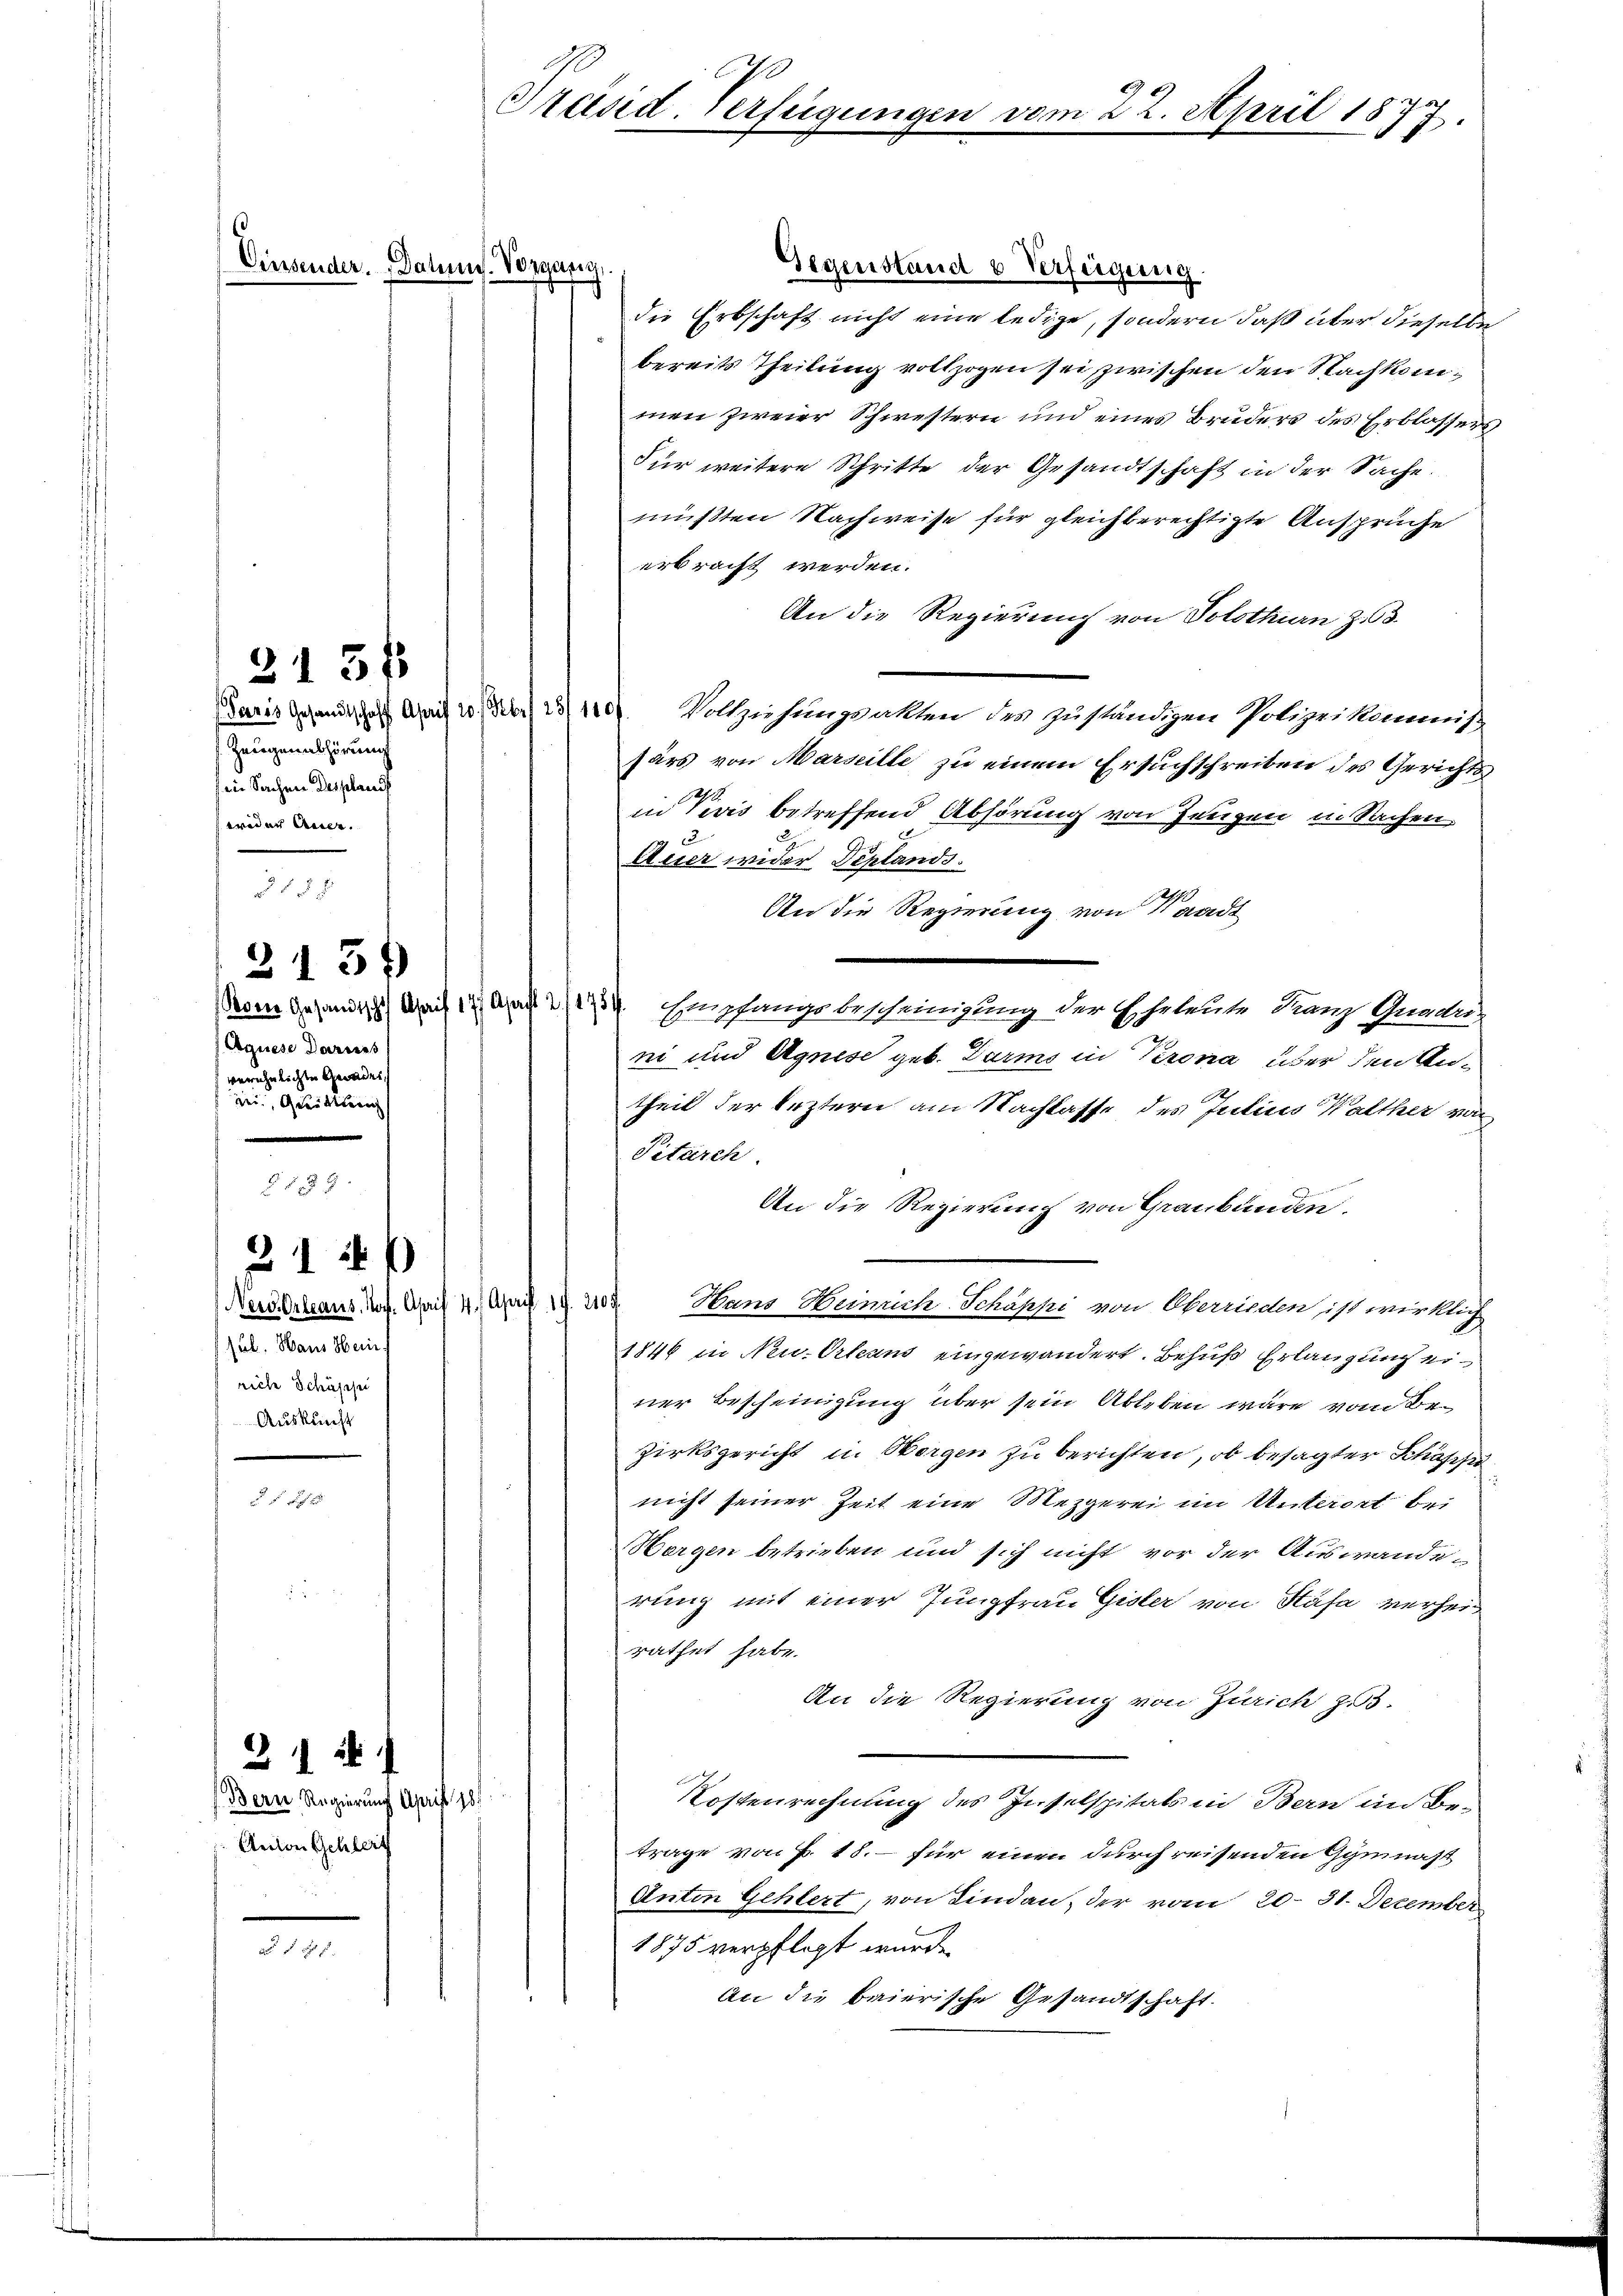
Einander.

u 5 r

(Paris Gesandtschaft April 20. Febr. 25. 1107
Zeigenabhörung
in Sachen Desplands
wider Auer.
3858
2154
Aquese Darines
verähnlichen Gerader,
rei Geldten
ei

2137

212

Jul. Haus Hern.
riche Schäftsu
Auskunft

21 26

.

Bern Regierung April 181
Anton Schleit

.
Präsid. Verfügungen vom 22. April 1877.

Datums. Vorgang

die Erbschaft nicht eine ledige, sondern daß über dieselbe
bereits Theilung vollzogen sei zwischen den Nachkommen zweier Schwestern und eines Bruders des Erblassers
Für weitere Schritte der Gesandtschaft in der Sache.
mußten Nachweise für gleichberechtigte Ansprüche
erbracht werden.
An die Regierung von Solothurn Z. 63.
Vollziehungsakten des zuständigen Polizeikommis
särs von Marseille zu einem Ersuchschreiben des Gerichts
2
in Vevis betreffend Abhörung von Zeugen in Sachen.
2
Acker wider Verlands
An die Regierung von Waadt
Sonne Gesandt Mai 12 das 227. Empfangsbescheinigung der Eheleute Franz Gnade-
ni und Agnese geb. Darms in Prona über den Antheil der leztern am Nachlasse des Julius Walther von
Pitarch
An die Regierung von Graubünden.
Narderte aus 24. April 1. April 17. 204. Hans Heimisch-Schäppi von Oberrieden, ist wirklich
1846 in Neu-Orleans eingewandert. Behuf Erlangung einer Bescheinigung über sein Ableben wäre vom Bezirksgericht in Morgen zu berichten, ob besagter Schaffe
nicht seiner Zeit eine Mezgerei im Unterort bei
Horgen betrieben und sich nicht vor der Auswanderung mit einer Jungfrau Gisler von Stäfa verheit
rathet habe.
An die Regierung von Zürich z. 3.
Kostenrechnung des Inselspitals in Bern im Be-
trage von P. 18. – für einen durch reisenden Gymnast
Anton Gehlert, von Lindau, der vom 20. 31. Dezember
1875 verpflegt wurde.
An die baierische Gesandtschaft.

Gegenstand u Verfügung.